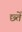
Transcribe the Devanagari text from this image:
छ्तें